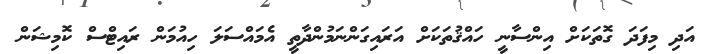
އަދި މިފަދަ ގޮތަކަށް އިންސާނީ ހައްޤުތަކަށް އަރައިގަންނަމުންދާތީ އެމައްސަލަ ހިއުމަން ރައިޓްސް ކޮމިޝަން